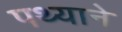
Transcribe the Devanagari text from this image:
पथ्याने